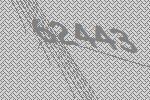
62443